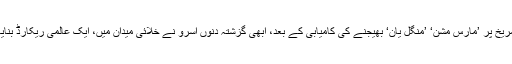
مریخ پر ’مارس مشن‘ ’منگل یان‘ بھیجنے کی کامیابی کے بعد، ابھی گزشتہ دنوں اسرو نے خلائی میدان میں، ایک عالمی ریکارڈ بنایا۔